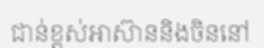
ជាន់ខ្ពស់អាស៊ាននិងចិននៅ